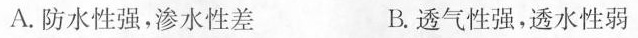
A.防水性强，渗水性差 B.透气性强，透水性弱